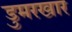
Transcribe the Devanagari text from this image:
डुमरखार